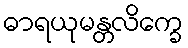
ဓာရယုမန္တလိက္ခေ